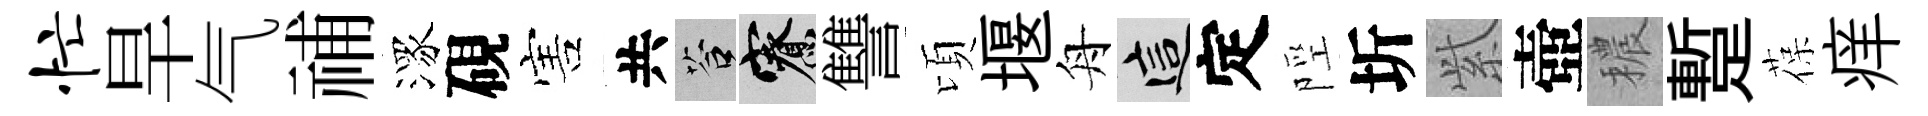
忙旱气𥙷潈硯害共答寮讐頃堰舟這定陘圻𬗋壺穠蹔葆痒